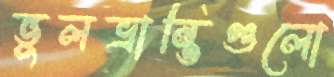
ভুলভ্রান্তিগুলো